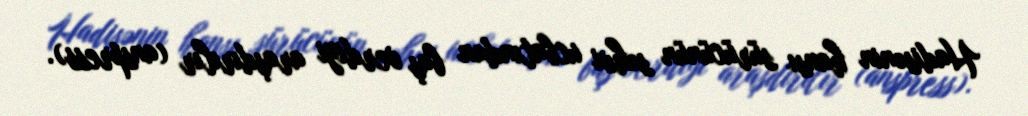
Hadisənin hansı sürücünün səhvi ucbatından baş verdiyi araşdırılır (anspress).